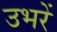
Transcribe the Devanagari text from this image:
उभरें